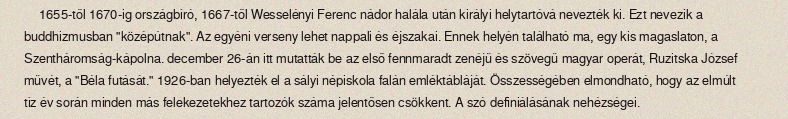
1655-től 1670-ig országbíró, 1667-től Wesselényi Ferenc nádor halála után királyi helytartóvá nevezték ki. Ezt nevezik a buddhizmusban "középútnak". Az egyéni verseny lehet nappali és éjszakai. Ennek helyén található ma, egy kis magaslaton, a Szentháromság-kápolna. december 26-án itt mutatták be az első fennmaradt zenéjű és szövegű magyar operát, Ruzitska József művét, a "Béla futását." 1926-ban helyezték el a sályi népiskola falán emléktábláját. Összességében elmondható, hogy az elmúlt tíz év során minden más felekezetekhez tartozók száma jelentősen csökkent. A szó definiálásának nehézségei.